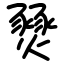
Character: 燹